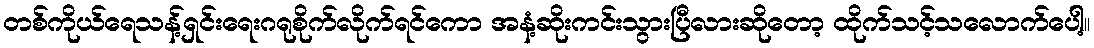
တစ်ကိုယ်ရေသန့်ရှင်းရေးဂရုစိုက်လိုက်ရင်ကော အနံ့ဆိုးကင်းသွားပြီလားဆိုတော့ ထိုက်သင့်သလောက်ပေါ့။